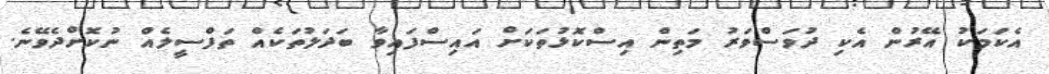
އެކަމަކު އޭރުން އެކި ދުވަސްވަރު މަތިން އިސްކޮޅުތަކަށް އައިސްފައިވާ ބަދަލުތަކެއް ތަފްސީލެއް ނުކޮށްދެވޭނެ.